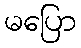
မပြော